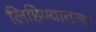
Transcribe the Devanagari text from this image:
लिहिण्यातला